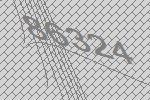
86324